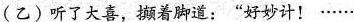
(乙)听了大喜，撷着脚道：”好妙计！……